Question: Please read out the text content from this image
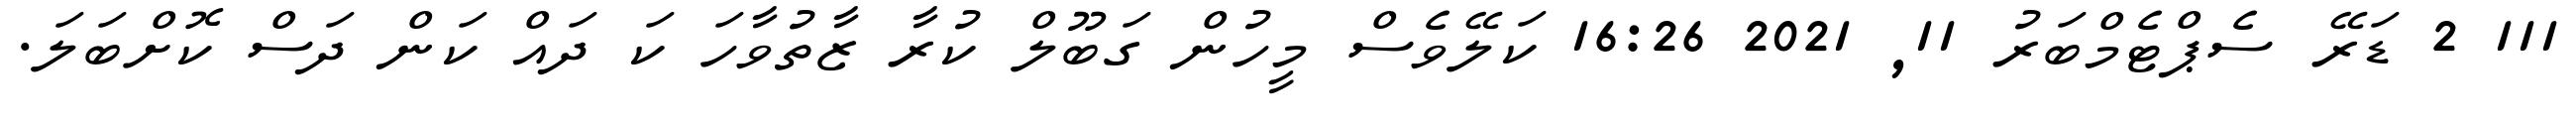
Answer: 111 2 ޑަރޭ ސެޕްޓެމްބަރު 11, 2021 16:26 ކަލޭވެސް މީހުން ގަބޫލް ކުރާ ޒާތުވާހަ ކަ ދައް ކަން ދަސް ކޮށްބަލަ.